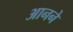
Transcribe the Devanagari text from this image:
आनने